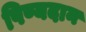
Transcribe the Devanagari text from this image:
पिण्यदान